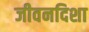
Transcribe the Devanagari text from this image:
जीवनदिशा